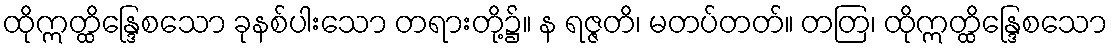
ထိုဣတ္ထိန္ဒြေစသော ခုနစ်ပါးသော တရားတို့၌။ န ရဇ္ဇတိ၊ မတပ်တတ်။ တတြ၊ ထိုဣတ္ထိန္ဒြေစသော